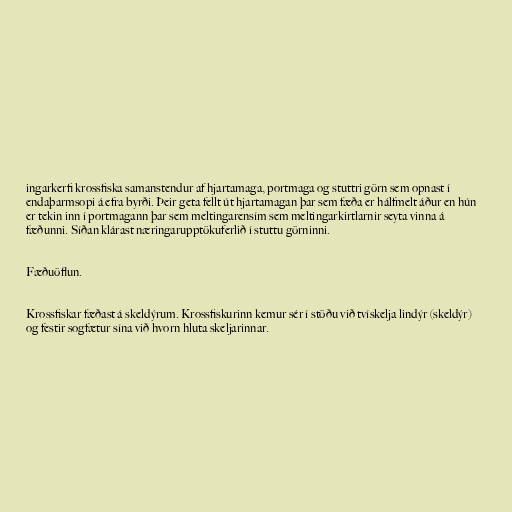
ingarkerfi krossfiska samanstendur af hjartamaga, portmaga og stuttri görn sem opnast í
endaþarmsopi á efra byrði. Þeir geta fellt út hjartamagan þar sem fæða er hálfmelt áður en hún
er tekin inn í portmagann þar sem meltingarensím sem meltingarkirtlarnir seyta vinna á
fæðunni. Síðan klárast næringarupptökuferlið í stuttu görninni.

Fæðuöflun.

Krossfiskar fæðast á skeldýrum. Krossfiskurinn kemur sér í stöðu við tvískelja lindýr (skeldýr)
og festir sogfætur sína við hvorn hluta skeljarinnar.